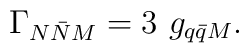
\Gamma_{N \bar{N} M} = 3~ g_{q \bar{q} M} .